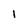
Character: l